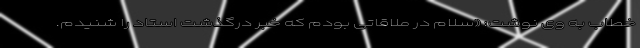
خطاب به وی نوشت: «سلام در ملاقاتی بودم که خبر درگذشت استاد را شنیدم.